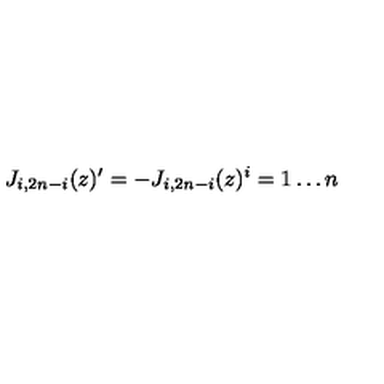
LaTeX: J _ { i , 2 n - i } ( z ) ^ { \prime } = - J _ { i , 2 n - i } ( z ) \sp i = 1 \ldots n